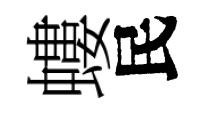
螻民